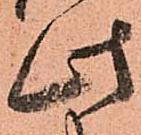
此